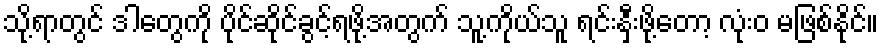
သို့ရာတွင် ဒါတွေကို ပိုင်ဆိုင်ခွင့်ရဖို့အတွက် သူ့ကိုယ်သူ ရင်းနှီးဖို့တော့ လုံးဝ မဖြစ်နိုင်။